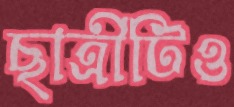
ছাত্রীটিও